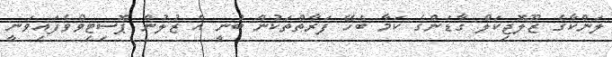
ލަންކާގެ ޒޫލޮޖިކަލް ގާޑަންގެ ކަމާ ބެހޭ ފަރާތްތަކުން ބުނީ އެ ޒުލުން ޕޮސިޓިވްވެފައިވަނީ